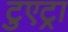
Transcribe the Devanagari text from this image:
टुएट्रा